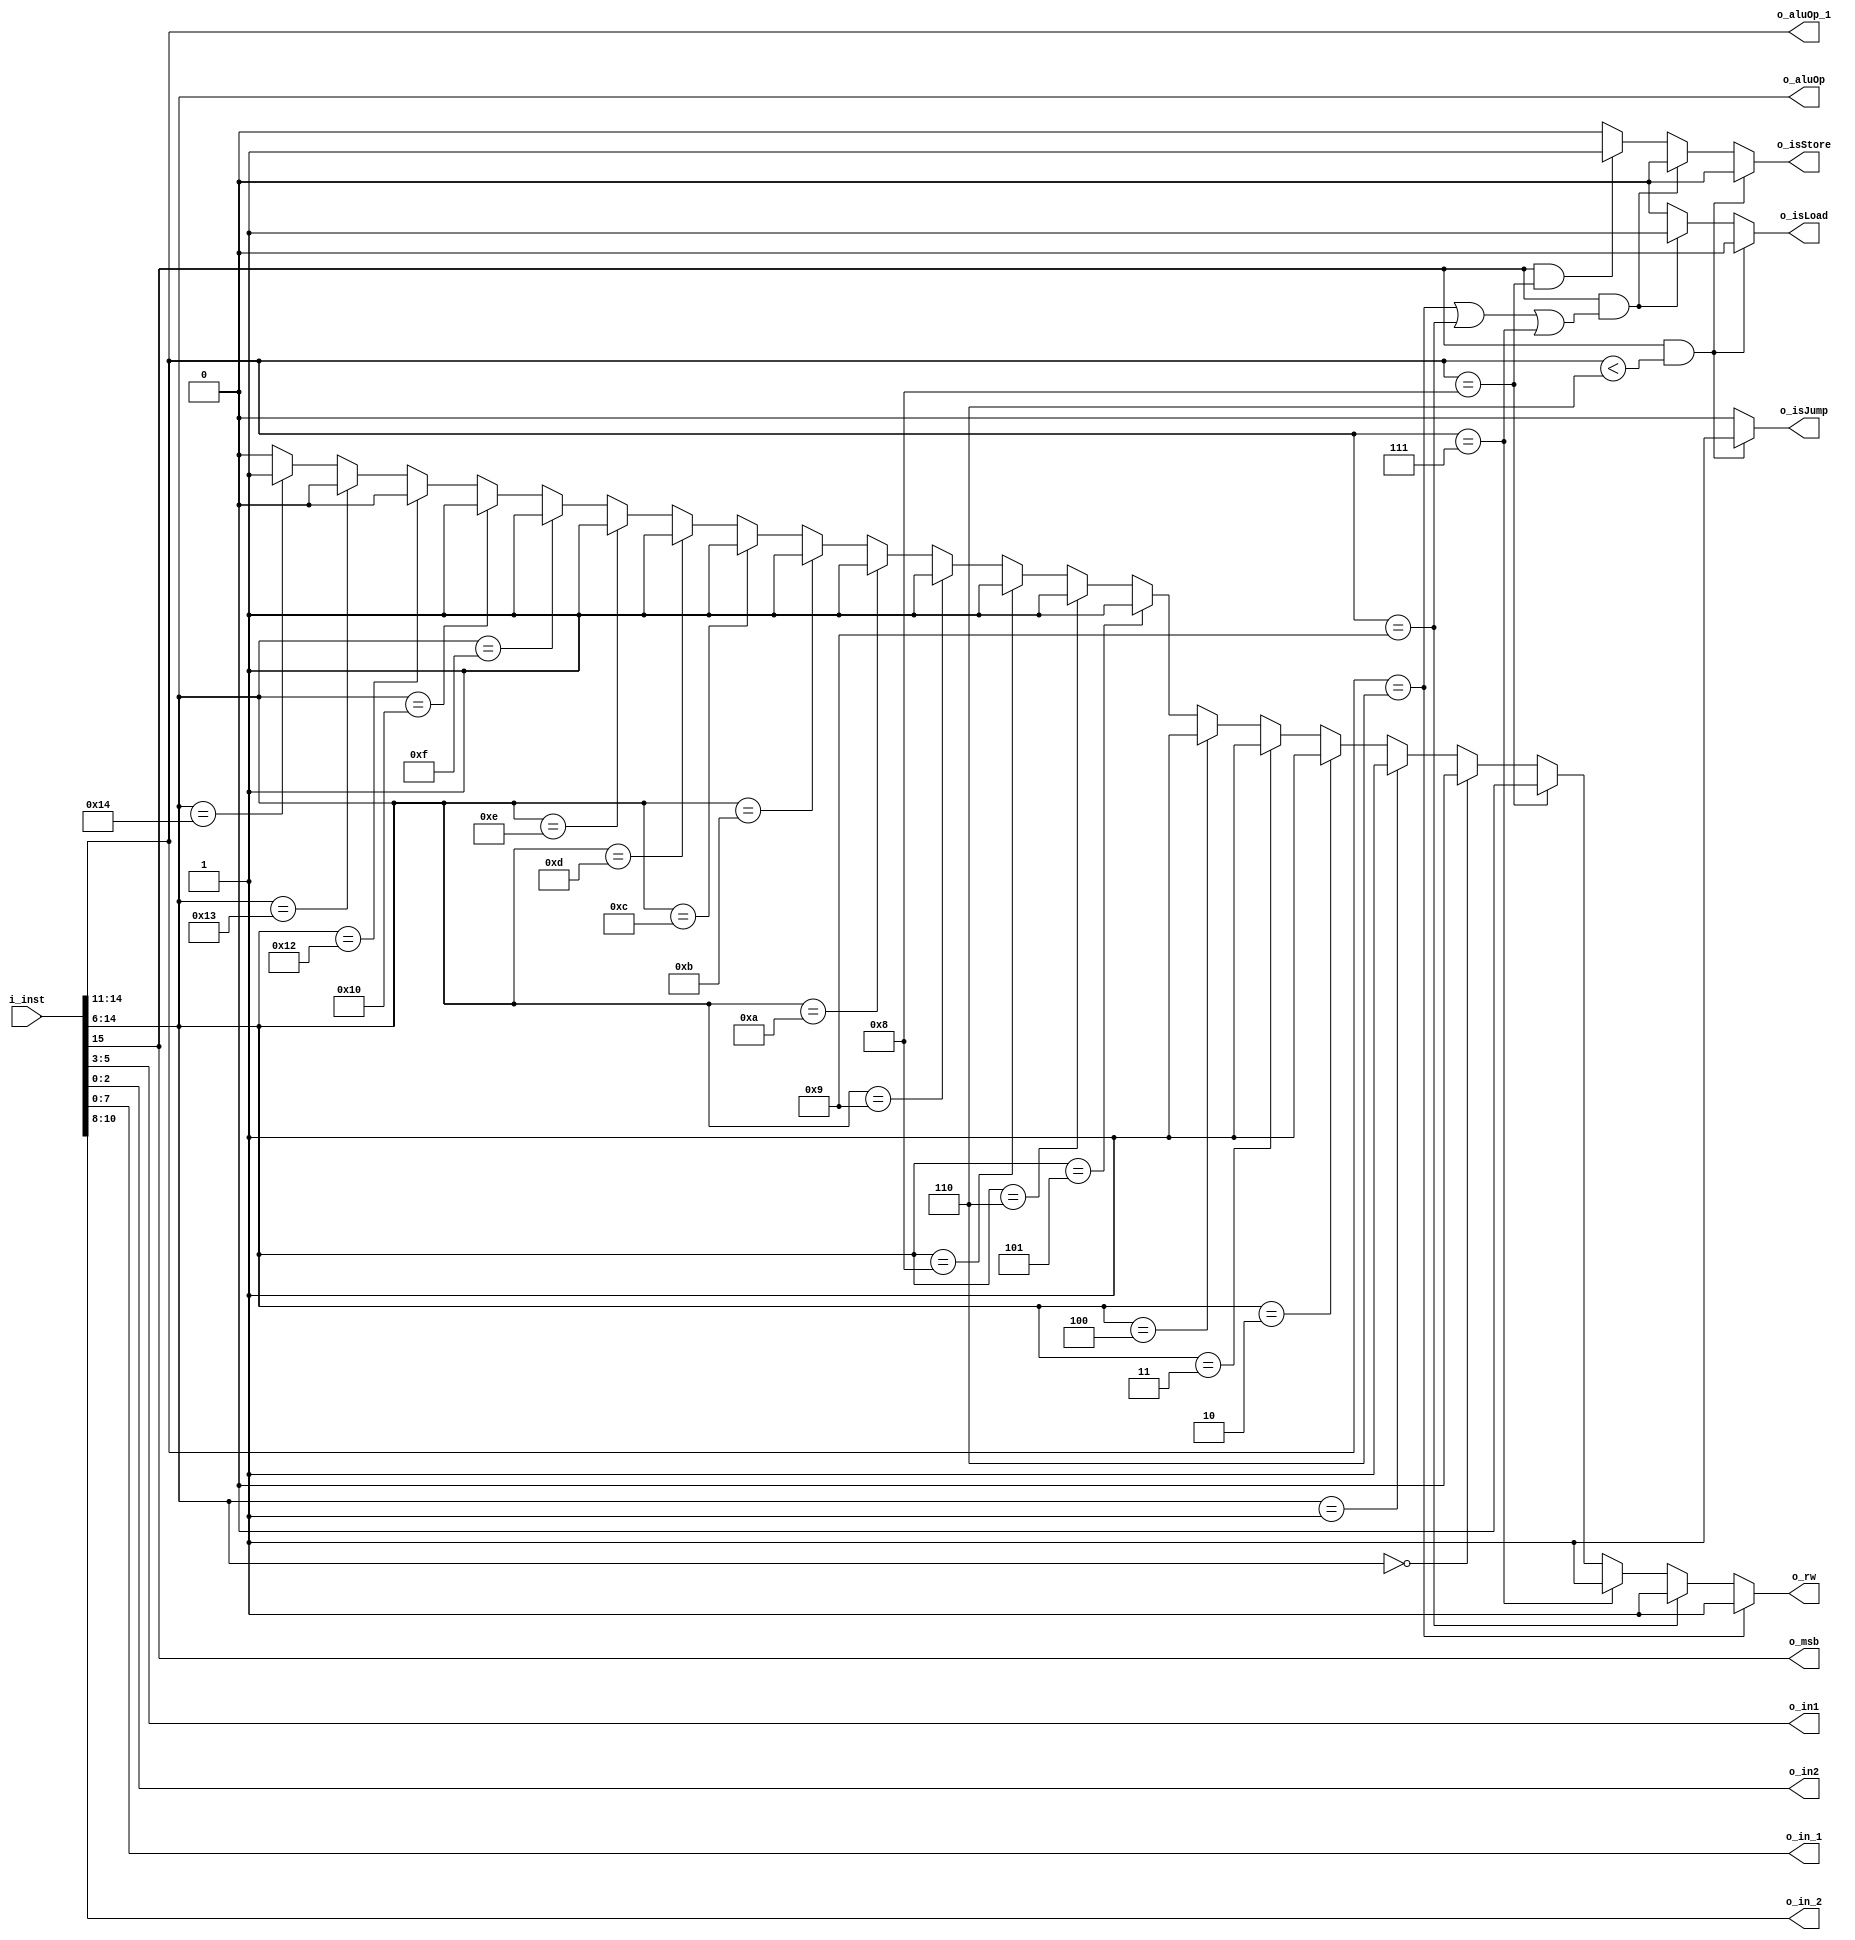
`timescale 1ns / 1ps

module DEC_v1(i_inst,o_aluOp,o_in1,o_in2, o_rw , o_msb, o_aluOp_1 , o_in_1, o_isJump , o_in_2 ,o_isLoad
					,o_isStore);
input [15:0] i_inst;

output [8:0] o_aluOp ; // 9bit
output[3:0] o_aluOp_1; //4bit
output[7:0] o_in_1;		// output for address jump and load and store
///////////////////
output[2:0] o_in_2;
///////////////////
output [2:0]o_in1,o_in2;
output o_rw;
output o_msb;
output reg o_isJump;
output reg o_isLoad;

output reg o_isStore;

assign o_aluOp = i_inst[14:6];
assign o_in1 = i_inst[5:3];
assign o_in2 = i_inst[2:0];
assign o_aluOp_1 = i_inst[14:11];
assign o_in_1 = i_inst[7:0];
assign o_in_2 = i_inst[10:8];
assign o_msb = i_inst[15];



assign o_rw = 	
					(o_aluOp_1 == 4'b0110)? 1 :		//Li
					(o_aluOp_1 == 4'b1001)? 1 :		//LDip
					(o_aluOp_1 == 4'b0111)? 1 :		//LM
					(o_aluOp_1 == 4'b1000)? 0 :		//store
					(o_aluOp == 9'b000000000)? 0 : 	//nop
					(o_aluOp == 9'b000000001)? 1 :	//add
					(o_aluOp == 9'b000000010)? 1 :	//and
					(o_aluOp == 9'b000000011)? 1 :	//sub
					(o_aluOp == 9'b000000100)? 1 :	//or
					(o_aluOp == 9'b000000101)? 1 :	//xor
					(o_aluOp == 9'b000000110)? 1 :	//move
					(o_aluOp == 9'b000001000)? 1 :	//not
					(o_aluOp == 9'b000001001)? 1 :	//SAR
					(o_aluOp == 9'b000001010)? 1 :	//SLR
					(o_aluOp == 9'b000001011)? 1 :	//SAL
					(o_aluOp == 9'b000001100)? 1 :	//SLL
					(o_aluOp == 9'b000001101)? 1 :	//ROL
					(o_aluOp == 9'b000001110)? 1 :	//ROR
					(o_aluOp == 9'b000001111)? 1 :	//INC	
					(o_aluOp == 9'b000010000)? 1 :	//DEC
					(o_aluOp == 9'b000001010)? 1 :	//SLR
					(o_aluOp == 9'b000010010)? 0 :	//showr
					(o_aluOp == 9'b000010011)? 0 :	//showrSeg
					(o_aluOp == 9'b000010100)? 1 : 
					0	//CMP
					;
					
					//(o_aluOp == 9'b000010010)? 0:0;		


always @(*)
begin 
	if((o_msb == 1) && (o_aluOp_1 < 6))
		begin
			o_isJump = 1;
			o_isLoad = 0;
			o_isStore = 0;
		end
	else if((o_msb == 1) && ((o_aluOp_1 == 6)||(o_aluOp_1 == 9) || (o_aluOp_1 == 7)))
		begin
			o_isJump = 0;
			o_isLoad = 1;
			o_isStore = 0;
		end
		////////////////////
	else if ((o_msb == 1) && (o_aluOp_1 == 8))
		begin
			o_isJump = 0;
			o_isLoad = 0;
			o_isStore = 1;
		end	
	else
		begin 
			o_isJump = 0;
			o_isLoad = 0;
			o_isStore = 0;
		end
end
endmodule